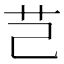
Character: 芑